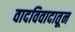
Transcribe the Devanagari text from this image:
वादविवादातून